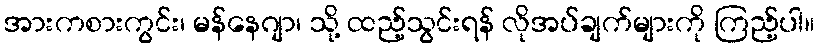
အားကစားကွင်း၊ မန်နေဂျာ၊ သို့ ထည့်သွင်းရန် လိုအပ်ချက်များကို ကြည့်ပါ။